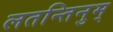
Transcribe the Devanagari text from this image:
लतन्तिनुम्